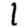
Digit: 1